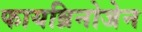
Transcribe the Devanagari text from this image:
फायब्रिनोजेन